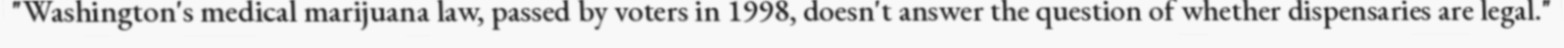
"Washington's medical marijuana law, passed by voters in 1998, doesn't answer the question of whether dispensaries are legal."